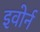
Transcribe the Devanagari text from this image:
इवोर्न